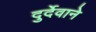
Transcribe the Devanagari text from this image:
दुर्देवाने